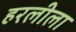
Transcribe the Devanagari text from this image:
हरलीला